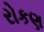
રોકણ